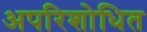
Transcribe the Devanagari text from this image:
अपरिशोधित